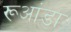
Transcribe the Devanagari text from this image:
रूआंडा